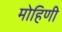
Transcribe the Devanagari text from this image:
मोहिणी